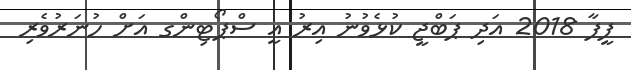
ފީފާ 2018 އަދި ޕަބްޖީ ކުޅެވުނު އިރު އީ ސްޕޯޓިންގ އަށް ހުނަރުވެރި